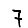
Digit: 7